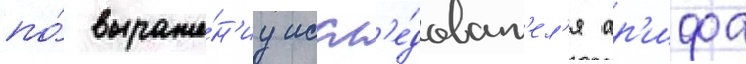
по́ выраже́н'иу иссл'е́доват'ел'я ар'ифа